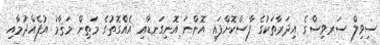
ސިވިލް ސަރވިސްގެ އިދަރާތަކުގެ ފާސްކޮށްފައި އޮންނަ އޮނިގަނޑާއި އެއްގޮތުގެ މަތިން މަޤާމު އުފެއްދުމާއި